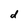
Character: d